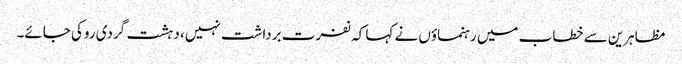
مظاہرین سے خطاب میں رہنماؤں نے کہا کہ نفرت برداشت نہیں، دہشت گردی روکی جائے۔